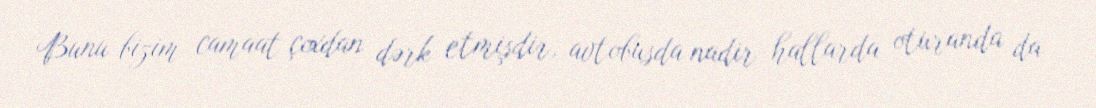
Bunu bizim camaat çoxdan dərk etmişdir, avtobusda nadir hallarda oturanda da